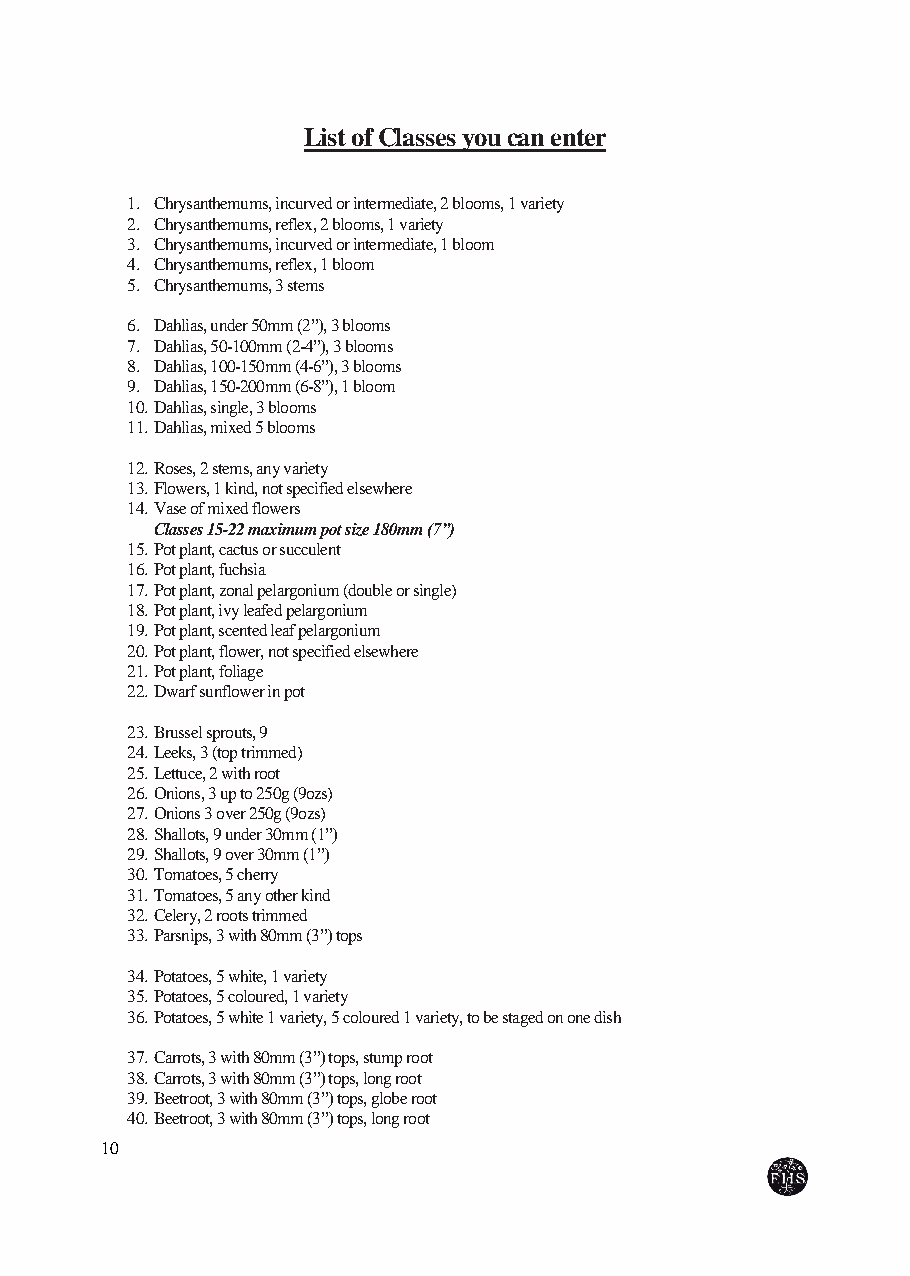
List of Classes you can enter
 1. Chrysanthemums, incurved or intermediate, 2 blooms, 1 variety
 2. Chrysanthemums, reflex, 2 blooms, 1 variety
 3. Chrysanthemums, incurved or intermediate, 1 bloom
 4. Chrysanthemums, reflex, 1 bloom
 5. Chrysanthemums, 3 stems
 6. Dahlias, under 50mm (2”), 3 blooms
 7. Dahlias, 50-100mm (2-4”), 3 blooms
 8. Dahlias, 100-150mm (4-6”), 3 blooms
 9. Dahlias, 150-200mm (6-8”), 1 bloom
 10. Dahlias, single, 3 blooms
 11. Dahlias, mixed 5 blooms
 12. Roses, 2 stems, any variety
 13. Flowers, 1 kind, not specified elsewhere
 14. Vase of mixed flowers
 Classes 15-22 maximum pot size 180mm (7”)
 15. Pot plant, cactus or succulent
 16. Pot plant, fuchsia
 17. Pot plant, zonal pelargonium (double or single)
 18. Pot plant, ivy leafed pelargonium
 19. Pot plant, scented leaf pelargonium
 20. Pot plant, flower, not specified elsewhere
 21. Pot plant, foliage
 22. Dwarf sunflower in pot
 23. Brussel sprouts, 9
 24. Leeks, 3 (top trimmed)
 25. Lettuce, 2 with root
 26. Onions, 3 up to 250g (9ozs)
 27. Onions 3 over 250g (9ozs)
 28. Shallots, 9 under 30mm (1”)
 29. Shallots, 9 over 30mm (1”)
 30. Tomatoes, 5 cherry
 31. Tomatoes, 5 any other kind
 32. Celery, 2 roots trimmed
 33. Parsnips, 3 with 80mm (3”) tops
 34. Potatoes, 5 white, 1 variety
 35. Potatoes, 5 coloured, 1 variety
 36. Potatoes, 5 white 1 variety, 5 coloured 1 variety, to be staged on one dish
 37. Carrots, 3 with 80mm (3”) tops, stump root
 38. Carrots, 3 with 80mm (3”) tops, long root
 39. Beetroot, 3 with 80mm (3”) tops, globe root
 40. Beetroot, 3 with 80mm (3”) tops, long root
 10